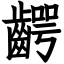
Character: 齶